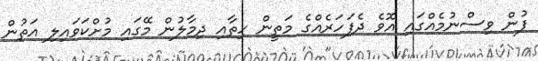
ފުން ވިސްނުމެއްގައި އޮވެ ދެފަހަރެއްގެ މަތީން ހިތާއި ދިމާލުން މޭގައި މުށްކަވައިލި އަތުން